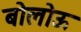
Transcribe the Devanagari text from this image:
बोलोऊ